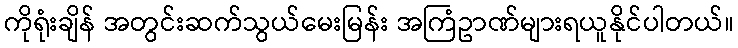
ကိုရုံးချိန် အတွင်းဆက်သွယ်မေးမြန်း အကြံဥာဏ်များရယူနိုင်ပါတယ်။